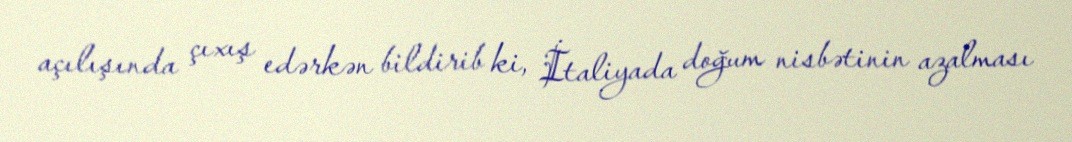
açılışında çıxış edərkən bildirib ki, İtaliyada doğum nisbətinin azalması